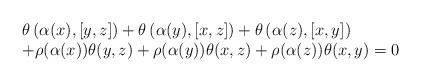
LaTeX: \begin{align*}\begin{array}{ll}\theta\left(\alpha(x),[y,z] \right)+\theta\left(\alpha(y),[x,z] \right)+\theta\left(\alpha(z),[x,y] \right)\\+\rho(\alpha(x))\theta(y,z)+\rho(\alpha(y))\theta(x,z) +\rho(\alpha(z))\theta(x,y)=0\end{array}\end{align*}